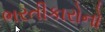
ભરતીકારોનો